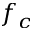
f _ { c }